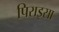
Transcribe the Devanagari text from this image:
पिराइसा